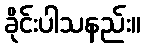
ခိုင်းပါသနည်း။